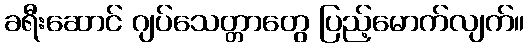
ခရီးဆောင် ဂျပ်သေတ္တာတွေ ပြည့်မောက်လျက်။